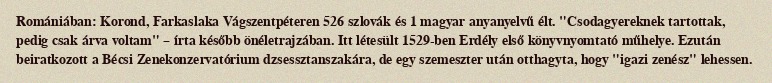
Romániában: Korond, Farkaslaka Vágszentpéteren 526 szlovák és 1 magyar anyanyelvű élt. "Csodagyereknek tartottak, pedig csak árva voltam" – írta később önéletrajzában. Itt létesült 1529-ben Erdély első könyvnyomtató műhelye. Ezután beiratkozott a Bécsi Zenekonzervatórium dzsessztanszakára, de egy szemeszter után otthagyta, hogy "igazi zenész" lehessen.